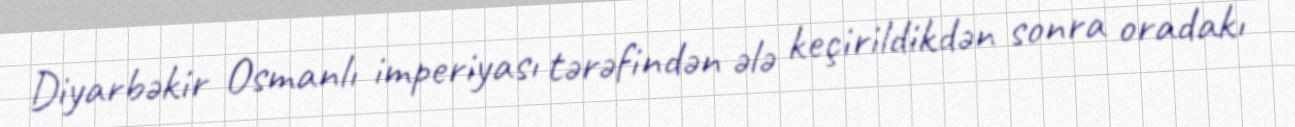
Diyarbəkir Osmanlı imperiyası tərəfindən ələ keçirildikdən sonra oradakı